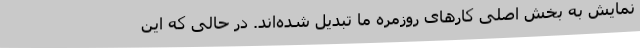
نمایش به بخش اصلی کارهای روزمره ما تبدیل شده‌اند. در حالی که این